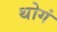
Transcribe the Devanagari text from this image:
थोगं